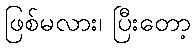
ဖြစ်မလား၊ ပြီးတော့